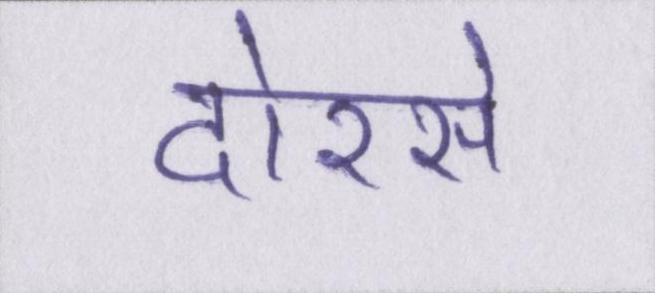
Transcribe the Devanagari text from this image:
दोरसे